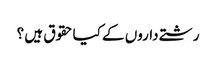
رشتے داروں کے کیاحقوق ہیں ؟